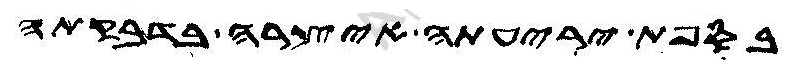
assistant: בספת יריעתה איצרה בדבקתה